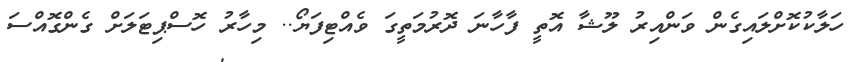
ހަލާކުކޮށްލައިގެން ވަންއިރު ލޫޝާ އޮތީ ފާހާނަ ދޮރުމަތީގަ ވެއްޓިފަޔޯ.. މިހާރު ހޮސްޕިޓަލަށް ގެންގޮއްސަަ